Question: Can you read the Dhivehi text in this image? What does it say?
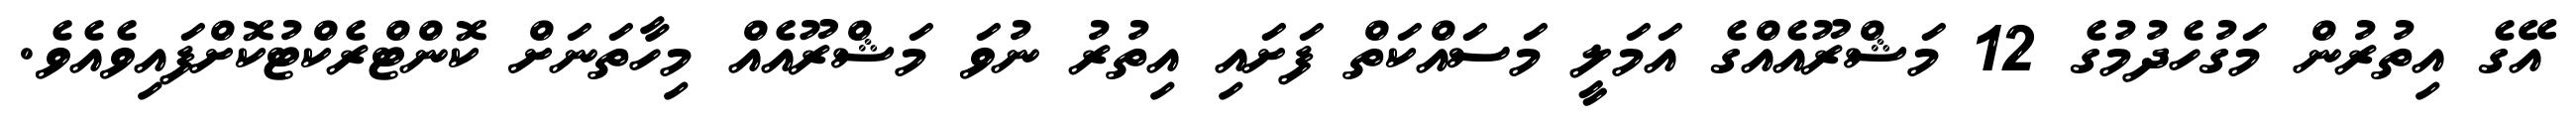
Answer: އޭގެ އިތުރުން މަގުހެދުމުގެ 12 މަޝްރޫއެއްގެ އަމަލީ މަސައްކަތް ފަށައި އިތުރު ނުވަ މަޝްރޫއެއް މިހާތަނަށް ކޮންޓްރެކްޓުކޮށްފައިވެއެވެ.